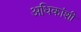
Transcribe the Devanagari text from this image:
अधिकांशी